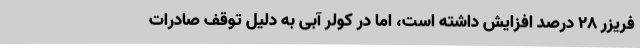
فریزر 28 درصد افزایش داشته است، اما در کولر آبی به دلیل توقف صادرات